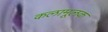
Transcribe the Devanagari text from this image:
कलामूलक